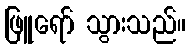
ဖြူရော် သွားသည်။